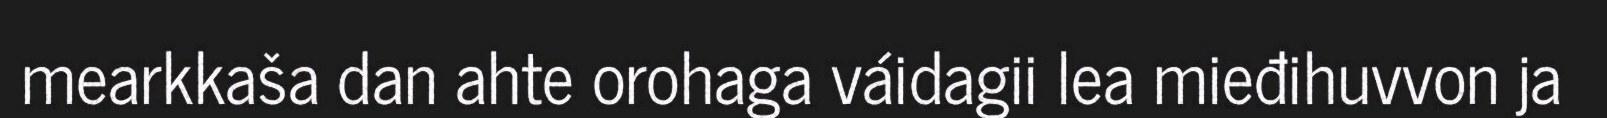
mearkkaša dan ahte orohaga váidagii lea mieđihuvvon ja